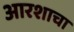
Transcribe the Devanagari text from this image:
आरशाचा